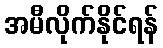
အမီလိုက်နိုင်ရန်